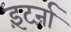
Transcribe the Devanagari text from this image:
इंटर्ना